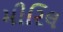
મીરિલ